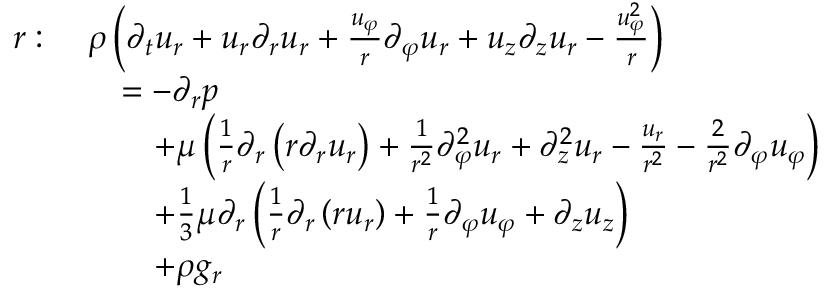
{ \begin{array} { r l } { r : \ } & { \rho \left( { \partial _ { t } u _ { r } } + u _ { r } { \partial _ { r } u _ { r } } + { \frac { u _ { \varphi } } { r } } { \partial _ { \varphi } u _ { r } } + u _ { z } { \partial _ { z } u _ { r } } - { \frac { u _ { \varphi } ^ { 2 } } { r } } \right) } \\ & { \quad = - { \partial _ { r } p } } \\ & { \qquad + \mu \left( { \frac { 1 } { r } } \partial _ { r } \left( r { \partial _ { r } u _ { r } } \right) + { \frac { 1 } { r ^ { 2 } } } { \partial _ { \varphi } ^ { 2 } u _ { r } } + { \partial _ { z } ^ { 2 } u _ { r } } - { \frac { u _ { r } } { r ^ { 2 } } } - { \frac { 2 } { r ^ { 2 } } } { \partial _ { \varphi } u _ { \varphi } } \right) } \\ & { \qquad + { \frac { 1 } { 3 } } \mu \partial _ { r } \left( { \frac { 1 } { r } } { \partial _ { r } \left( r u _ { r } \right) } + { \frac { 1 } { r } } { \partial _ { \varphi } u _ { \varphi } } + { \partial _ { z } u _ { z } } \right) } \\ & { \qquad + \rho g _ { r } } \end{array} }